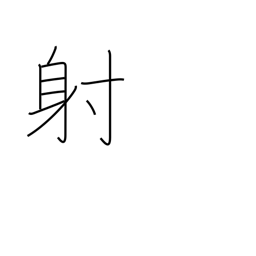
Meaning: shoot